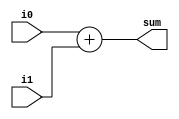
// 32-bit Adder

module add32(
	input [31:0] i0, i1,
	output [31:0] sum
);
	assign sum = i0 + i1;
endmodule